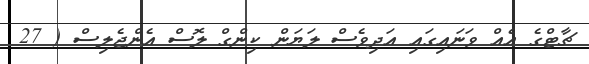
ޗާޓްގެ އެއް ވަނައިގައި އަދިވެސް ލަޔަން ކިންގް ލޮސް އެންޖެލިސް ( 27